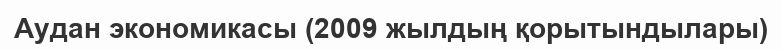
Аудан экономикасы (2009 жылдың қорытындылары)